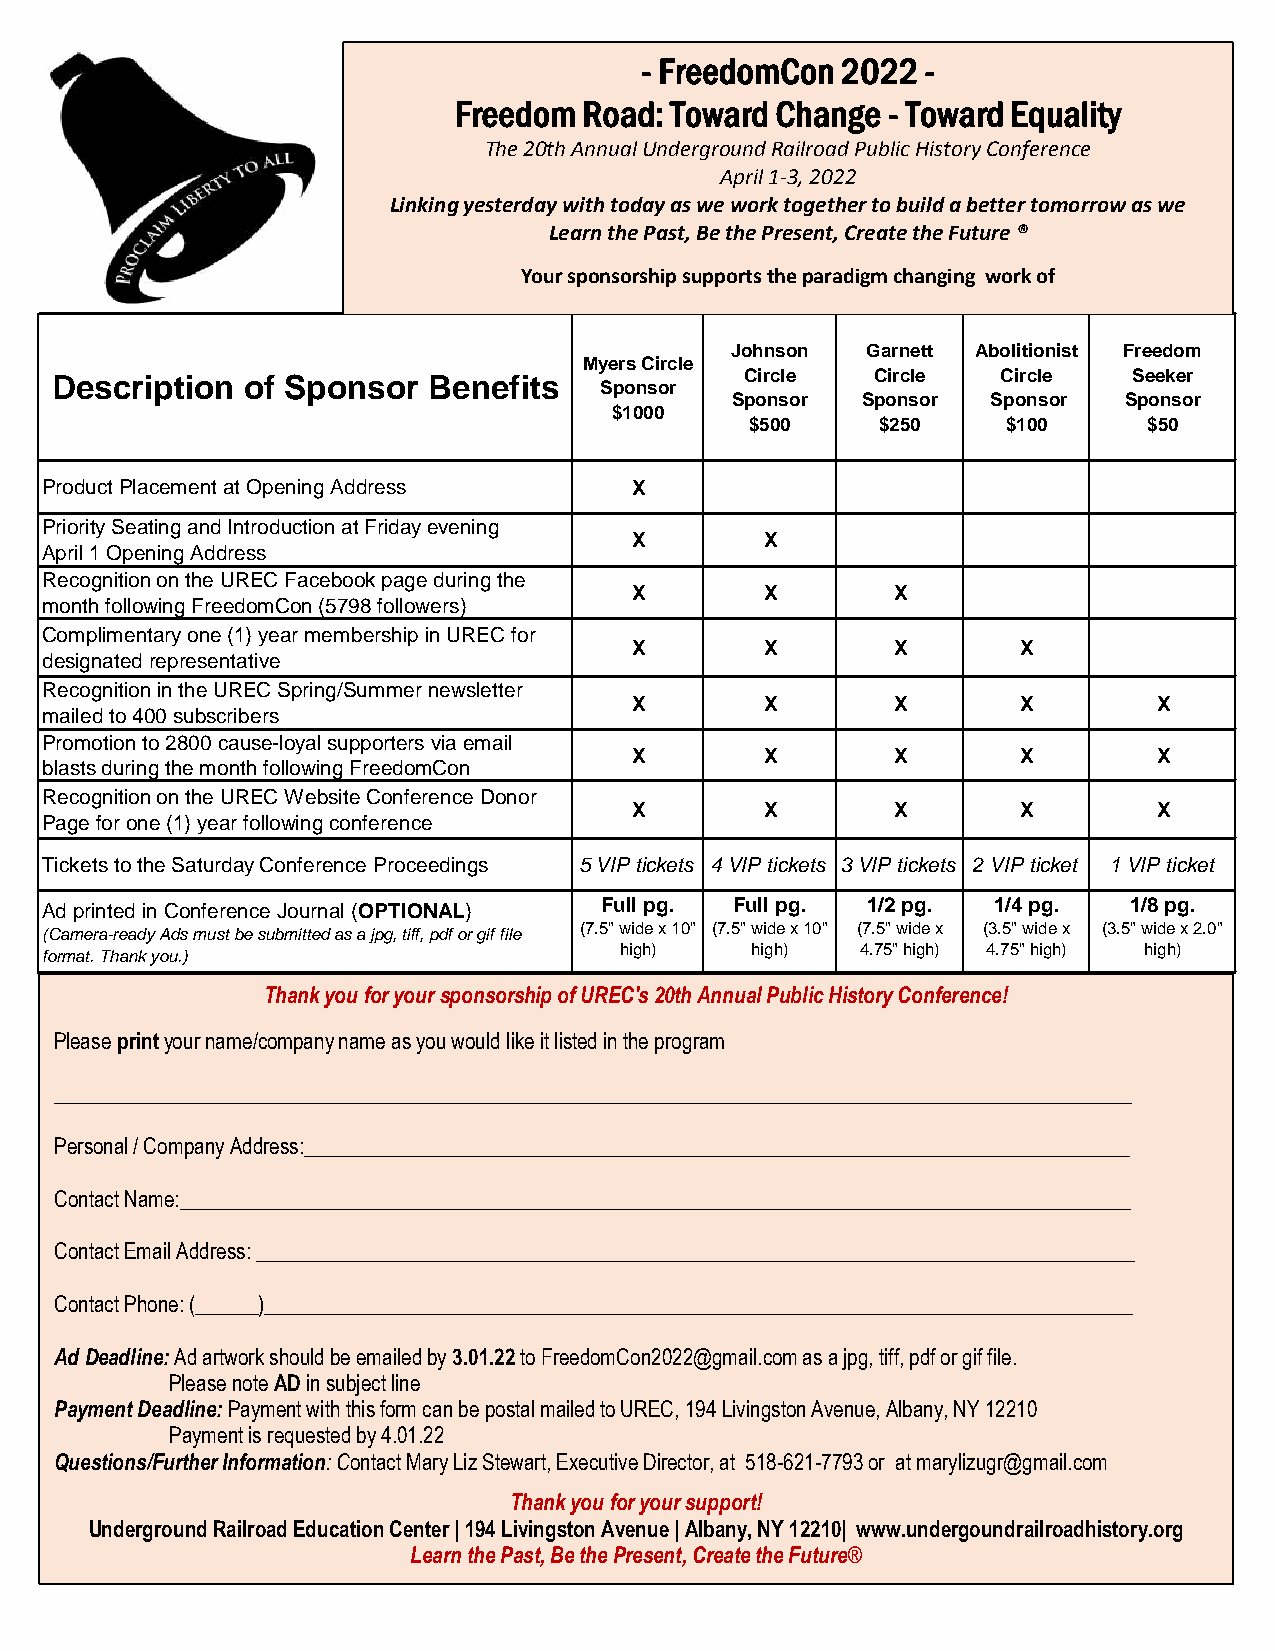
- FreedomCon  2022 -
 Freedom  Road: Toward Change - Toward Equality
 The 20th Annual Underground Railroad Public History Conference
 April 1-3, 2022
 Linking yesterday with today as we work together to build a better tomorrow as we
 Learn the Past, Be the Present, Create the Future ®
 Your sponsorship supports the paradigm changing work of
 Johnson  Garnett Abolitionist Freedom
 Myers Circle
 Description  of Sponsor  Benefits    Sponsor  Circle   Circle  Circle   Seeker
 Sponsor  Sponsor  Sponsor Sponsor
 $1000
 $500    $250     $100     $50
 Product Placement at Opening Address   X
 Priority Seating and Introduction at Friday evening
 X        X
 April 1 Opening Address
 Recognition on the UREC Facebook page during the
 X        X       X
 month following FreedomCon (5798 followers)
 Complimentary one (1) year membership in UREC for
 X        X       X        X
 designated representative
 Recognition in the UREC Spring/Summer newsletter
 X        X       X        X        X
 mailed to 400 subscribers
 Promotion to 2800 cause-loyal supporters via email
 X        X       X        X        X
 blasts during the month following FreedomCon
 Recognition on the UREC Website Conference Donor
 X        X       X        X        X
 Page for one (1) year following conference
 Tickets to the Saturday Conference Proceedings 5 VIP tickets 4 VIP tickets 3 VIP tickets 2 VIP ticket 1 VIP ticket
 Ad printed in Conference Journal (OPTIONAL) Full pg. Full pg. 1/2 pg. 1/4 pg. 1/8 pg.
 (Camera-ready Ads must be submitted as a jpg, tiff, pdf or gif file (7.5" wide x 10" (7.5" wide x 10" (7.5" wide x (3.5" wide x (3.5" wide x 2.0"
 format. Thank you.)                   high)    high)  4.75" high) 4.75" high) high)
 Thank you for your sponsorship of UREC's 20th Annual Public History Conference!
 Please printyour name/company name as you would like it listed in the program
 _______________________________________________________________________________________________________
 Personal / Company Address:_______________________________________________________________________________
 Contact Name:___________________________________________________________________________________________
 Contact Email Address: ____________________________________________________________________________________
 Contact Phone: (______)___________________________________________________________________________________
 Ad Deadline:Ad artwork should be emailed by 3.01.22to FreedomCon2022@gmail.comas a jpg, tiff, pdf or gif file.
 Please note ADin subject line
 Payment Deadline: Payment with this form can be postal mailed to UREC, 194 Livingston Avenue, Albany, NY 12210
 Payment is requested by 4.01.22
 Questions/Further Information: Contact Mary Liz Stewart, Executive Director, at 518-621-7793 or at marylizugr@gmail.com
 Thank you for your support!
 Underground Railroad Education Center | 194 Livingston Avenue | Albany, NY 12210| www.undergoundrailroadhistory.org
 Learn the Past, Be the Present, Create the Future®